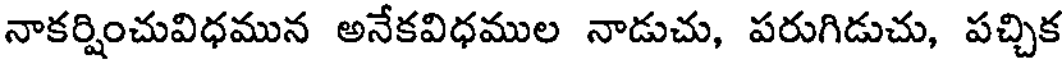
నాకర్షించువిధమున అనేకవిధముల నాడుచు, పరుగిడుచు, పచ్చిక